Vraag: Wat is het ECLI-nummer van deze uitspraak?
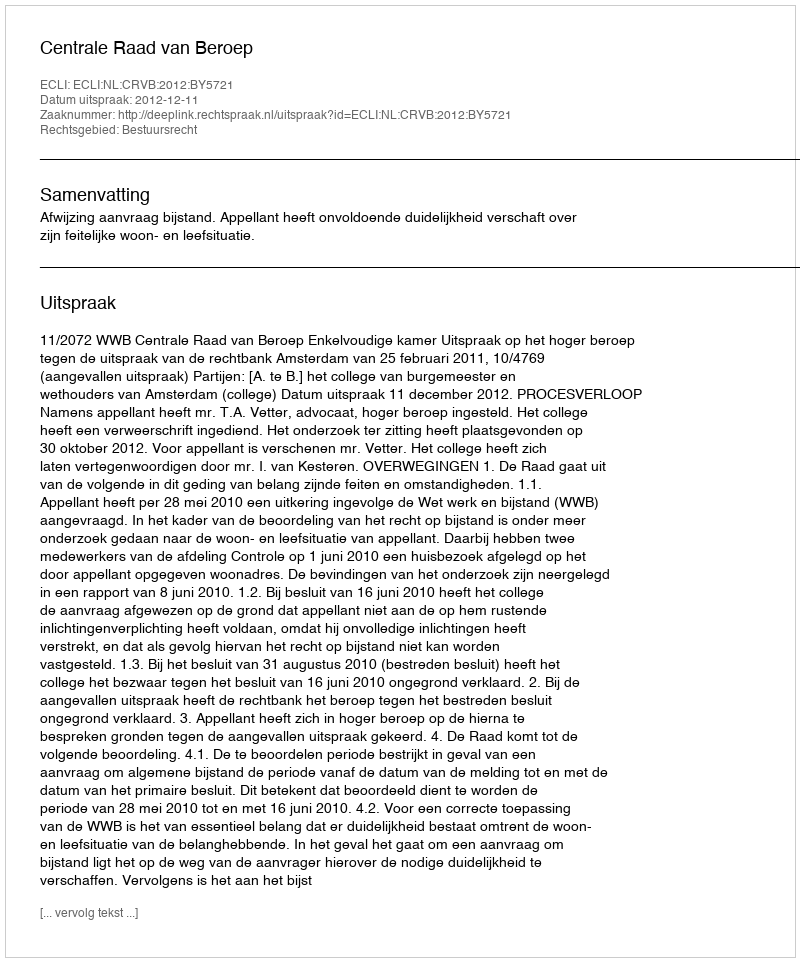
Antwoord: ECLI:NL:CRVB:2012:BY5721